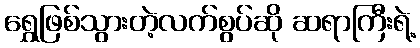
ရွှေဖြစ်သွားတဲ့လက်စွပ်ဆို ဆရာကြီးရဲ့